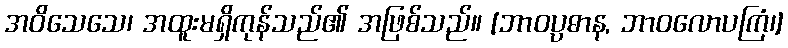
အဝိသေသေ၊ အထူးမရှိကုန်သည်၏ အဖြစ်သည်။ [ဘာဝပ္ပဓာန, ဘာဝလောပကြံ၊]